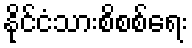
နိုင်ငံသားစိစစ်ရေး